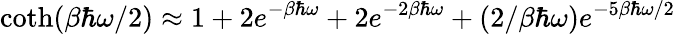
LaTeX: \coth(\beta\hbar\omega/2)\approx 1+2e^{-\beta\hbar\omega}+2e^{-2\beta\hbar\omega}+(2/\beta\hbar\omega)e^{-5\beta\hbar\omega/2}